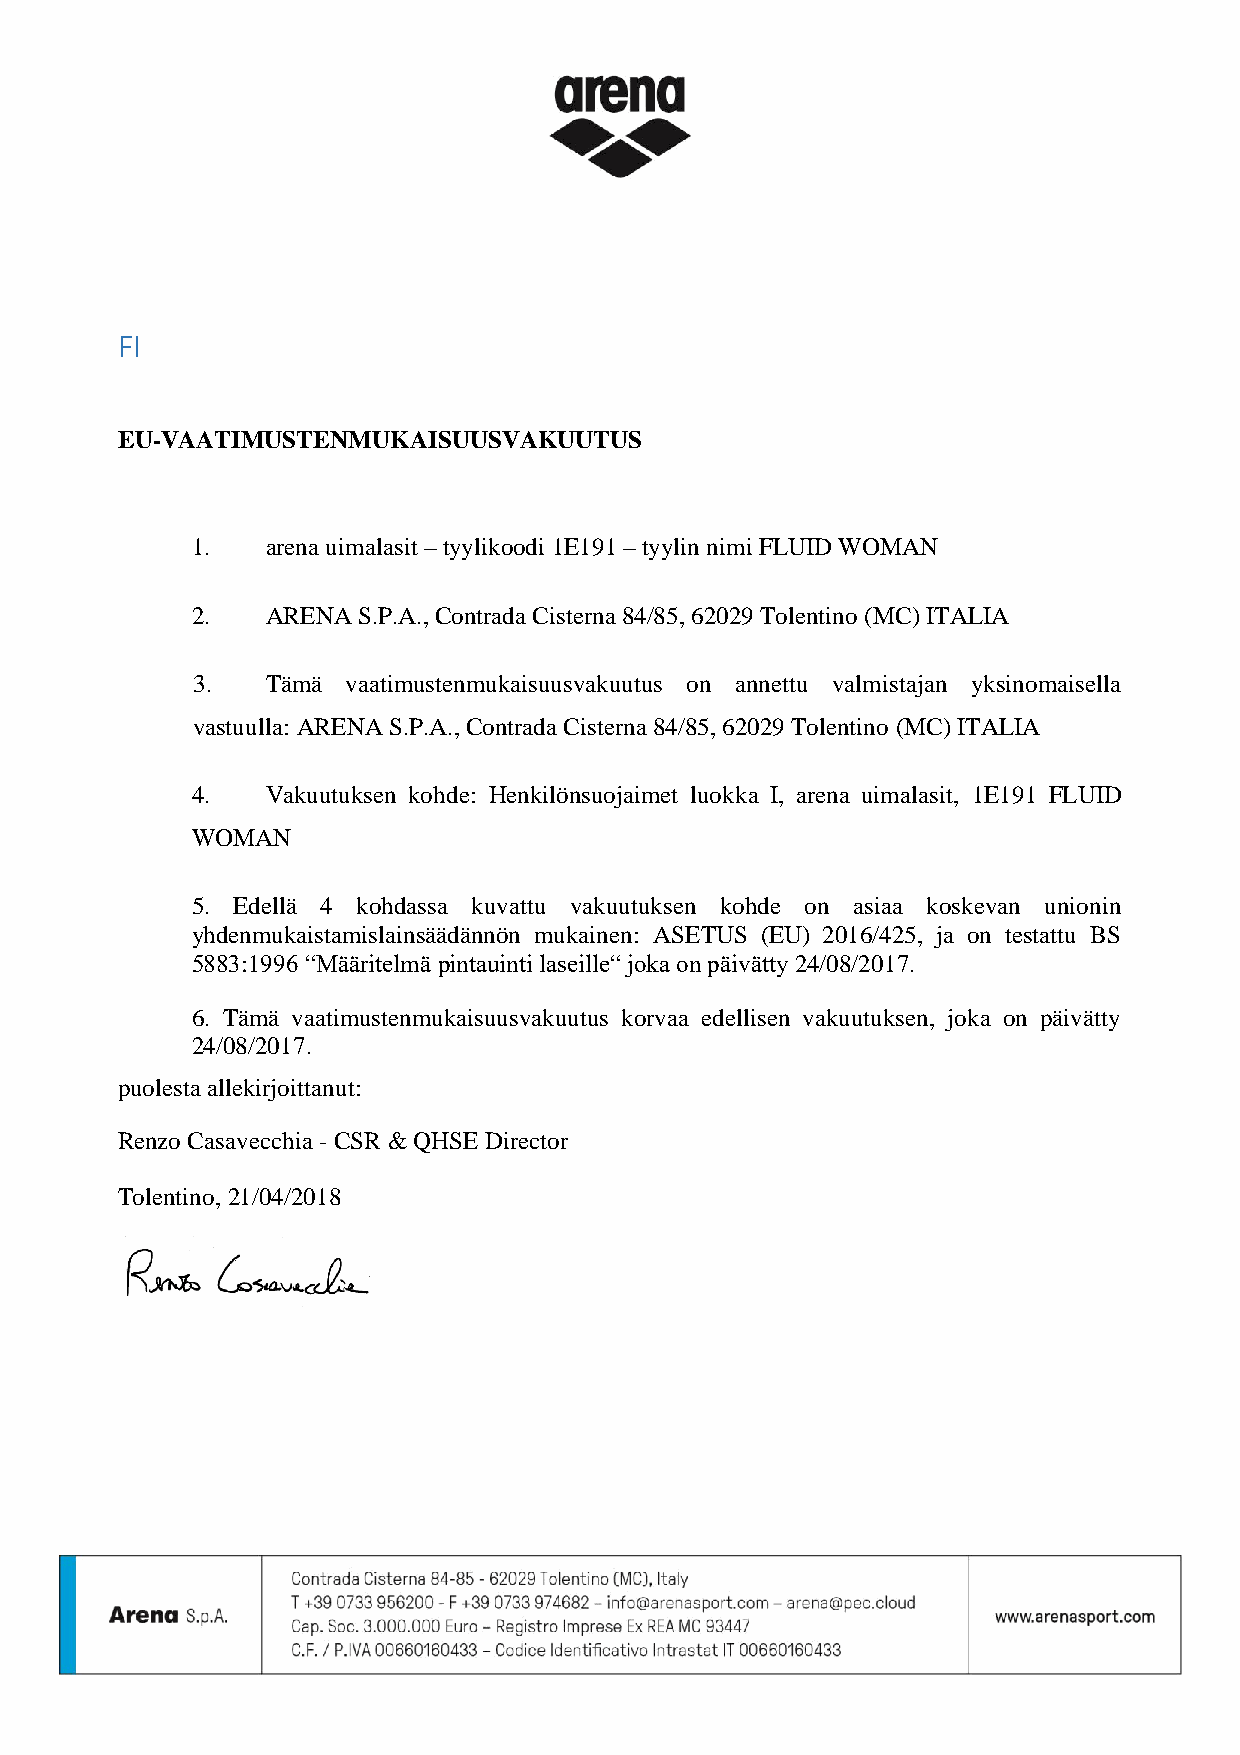
FI
 EU-VAATIMUSTENMUKAISUUSVAKUUTUS
 1.   arena uimalasit – tyylikoodi 1E191 – tyylin nimi FLUID WOMAN
 2.   ARENA S.P.A., Contrada Cisterna 84/85, 62029 Tolentino (MC) ITALIA
 3.   Tämä vaatimustenmukaisuusvakuutus on annettu valmistajan yksinomaisella
 vastuulla: ARENA S.P.A., Contrada Cisterna 84/85, 62029 Tolentino (MC) ITALIA
 4.   Vakuutuksen kohde: Henkilönsuojaimet luokka I, arena uimalasit, 1E191 FLUID
 WOMAN
 5. Edellä 4 kohdassa kuvattu vakuutuksen kohde on asiaa koskevan unionin
 yhdenmukaistamislainsäädännön mukainen: ASETUS (EU) 2016/425, ja on testattu BS
 5883:1996 “Määritelmä pintauinti laseille“ joka on päivätty 24/08/2017.
 6. Tämä vaatimustenmukaisuusvakuutus korvaa edellisen vakuutuksen, joka on päivätty
 24/08/2017.
 puolesta allekirjoittanut:
 Renzo Casavecchia - CSR & QHSE Director
 Tolentino, 21/04/2018